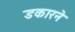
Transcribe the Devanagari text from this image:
डकारने